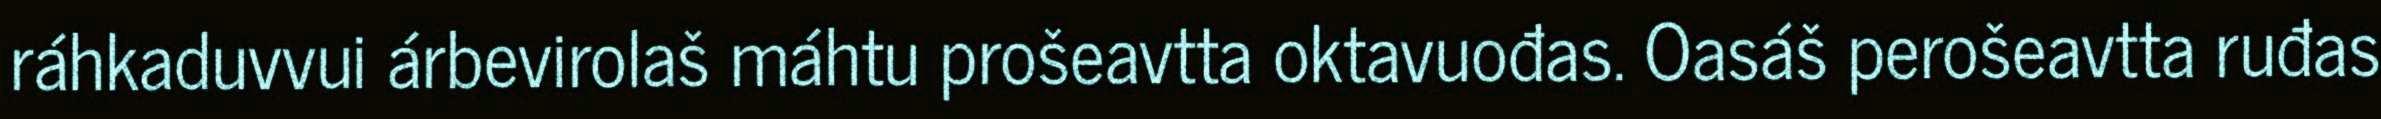
ráhkaduvvui árbevirolaš máhtu prošeavtta oktavuođas. Oasáš perošeavtta ruđas